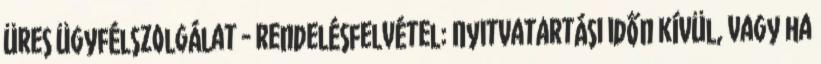
üres Ügyfélszolgálat - rendelésfelvétel: Nyitvatartási időn kívül, vagy ha